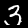
Label: 3